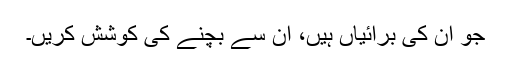
جو ان کی برائیاں ہیں، اُن سے بچنے کی کوشش کریں۔